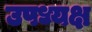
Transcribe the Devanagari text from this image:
उपध्यक्ष